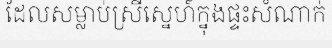
ដែលសម្លាប់ស្រីស្នេហ៍ក្នុងផ្ទះសំណាក់